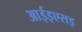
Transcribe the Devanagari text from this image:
आईइएसइ